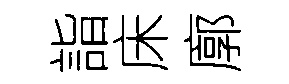
詣床廓